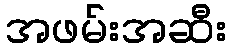
အဖမ်းအဆီး